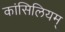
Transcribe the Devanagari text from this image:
कांसिलियम्